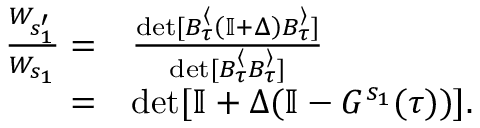
\begin{array} { r l } { \frac { W _ { s _ { 1 } ^ { \prime } } } { W _ { s _ { 1 } } } = } & { \frac { \det [ B _ { \tau } ^ { \langle } \left( \mathbb { I } + { \Delta } \right) B _ { \tau } ^ { \rangle } ] } { \det [ B _ { \tau } ^ { \langle } B _ { \tau } ^ { \rangle } ] } } \\ { = } & { \det [ \mathbb { I } + { \Delta } ( \mathbb { I } - { G } ^ { s _ { 1 } } ( \tau ) ) ] . } \end{array}